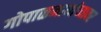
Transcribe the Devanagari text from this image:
गोपाळनाथांच्यावर